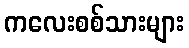
ကလေးစစ်သားများ